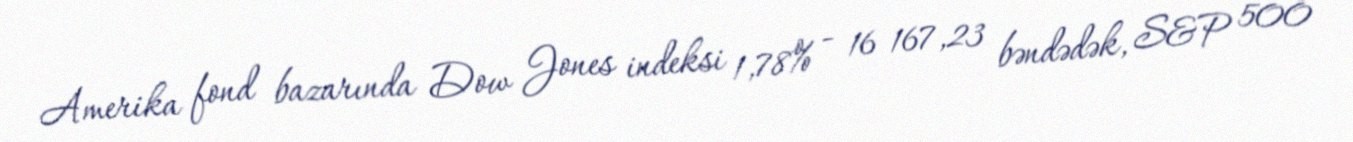
Amerika fond bazarında Dow Jones indeksi 1,78% - 16 167,23 bəndədək, S&P 500